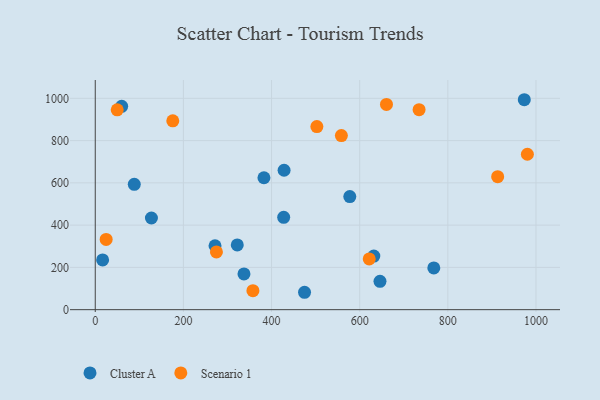
{"axis": {"x": "Study Hours", "y": "Salary"}, "legend": ["Cluster A", "Scenario 1"], "data": [{"x": "88.5", "y": 593.3, "type": "Cluster A"}, {"x": "646.0", "y": 134.0, "type": "Cluster A"}, {"x": "973.4", "y": 993.4, "type": "Cluster A"}, {"x": "127.4", "y": 433.8, "type": "Cluster A"}, {"x": "16.7", "y": 235.3, "type": "Cluster A"}, {"x": "59.9", "y": 962.1, "type": "Cluster A"}, {"x": "322.2", "y": 306.5, "type": "Cluster A"}, {"x": "768.1", "y": 197.3, "type": "Cluster A"}, {"x": "428.4", "y": 659.7, "type": "Cluster A"}, {"x": "427.5", "y": 436.9, "type": "Cluster A"}, {"x": "382.7", "y": 624.2, "type": "Cluster A"}, {"x": "632.0", "y": 253.7, "type": "Cluster A"}, {"x": "337.4", "y": 168.9, "type": "Cluster A"}, {"x": "474.8", "y": 82.3, "type": "Cluster A"}, {"x": "577.5", "y": 535.2, "type": "Cluster A"}, {"x": "271.7", "y": 302.5, "type": "Cluster A"}, {"x": "175.9", "y": 893.6, "type": "Scenario 1"}, {"x": "274.9", "y": 273.1, "type": "Scenario 1"}, {"x": "980.4", "y": 735.5, "type": "Scenario 1"}, {"x": "913.0", "y": 629.2, "type": "Scenario 1"}, {"x": "24.7", "y": 332.4, "type": "Scenario 1"}, {"x": "357.7", "y": 89.9, "type": "Scenario 1"}, {"x": "558.4", "y": 824.0, "type": "Scenario 1"}, {"x": "502.8", "y": 866.5, "type": "Scenario 1"}, {"x": "49.8", "y": 945.5, "type": "Scenario 1"}, {"x": "660.7", "y": 971.2, "type": "Scenario 1"}, {"x": "734.7", "y": 946.4, "type": "Scenario 1"}, {"x": "621.6", "y": 240.2, "type": "Scenario 1"}]}